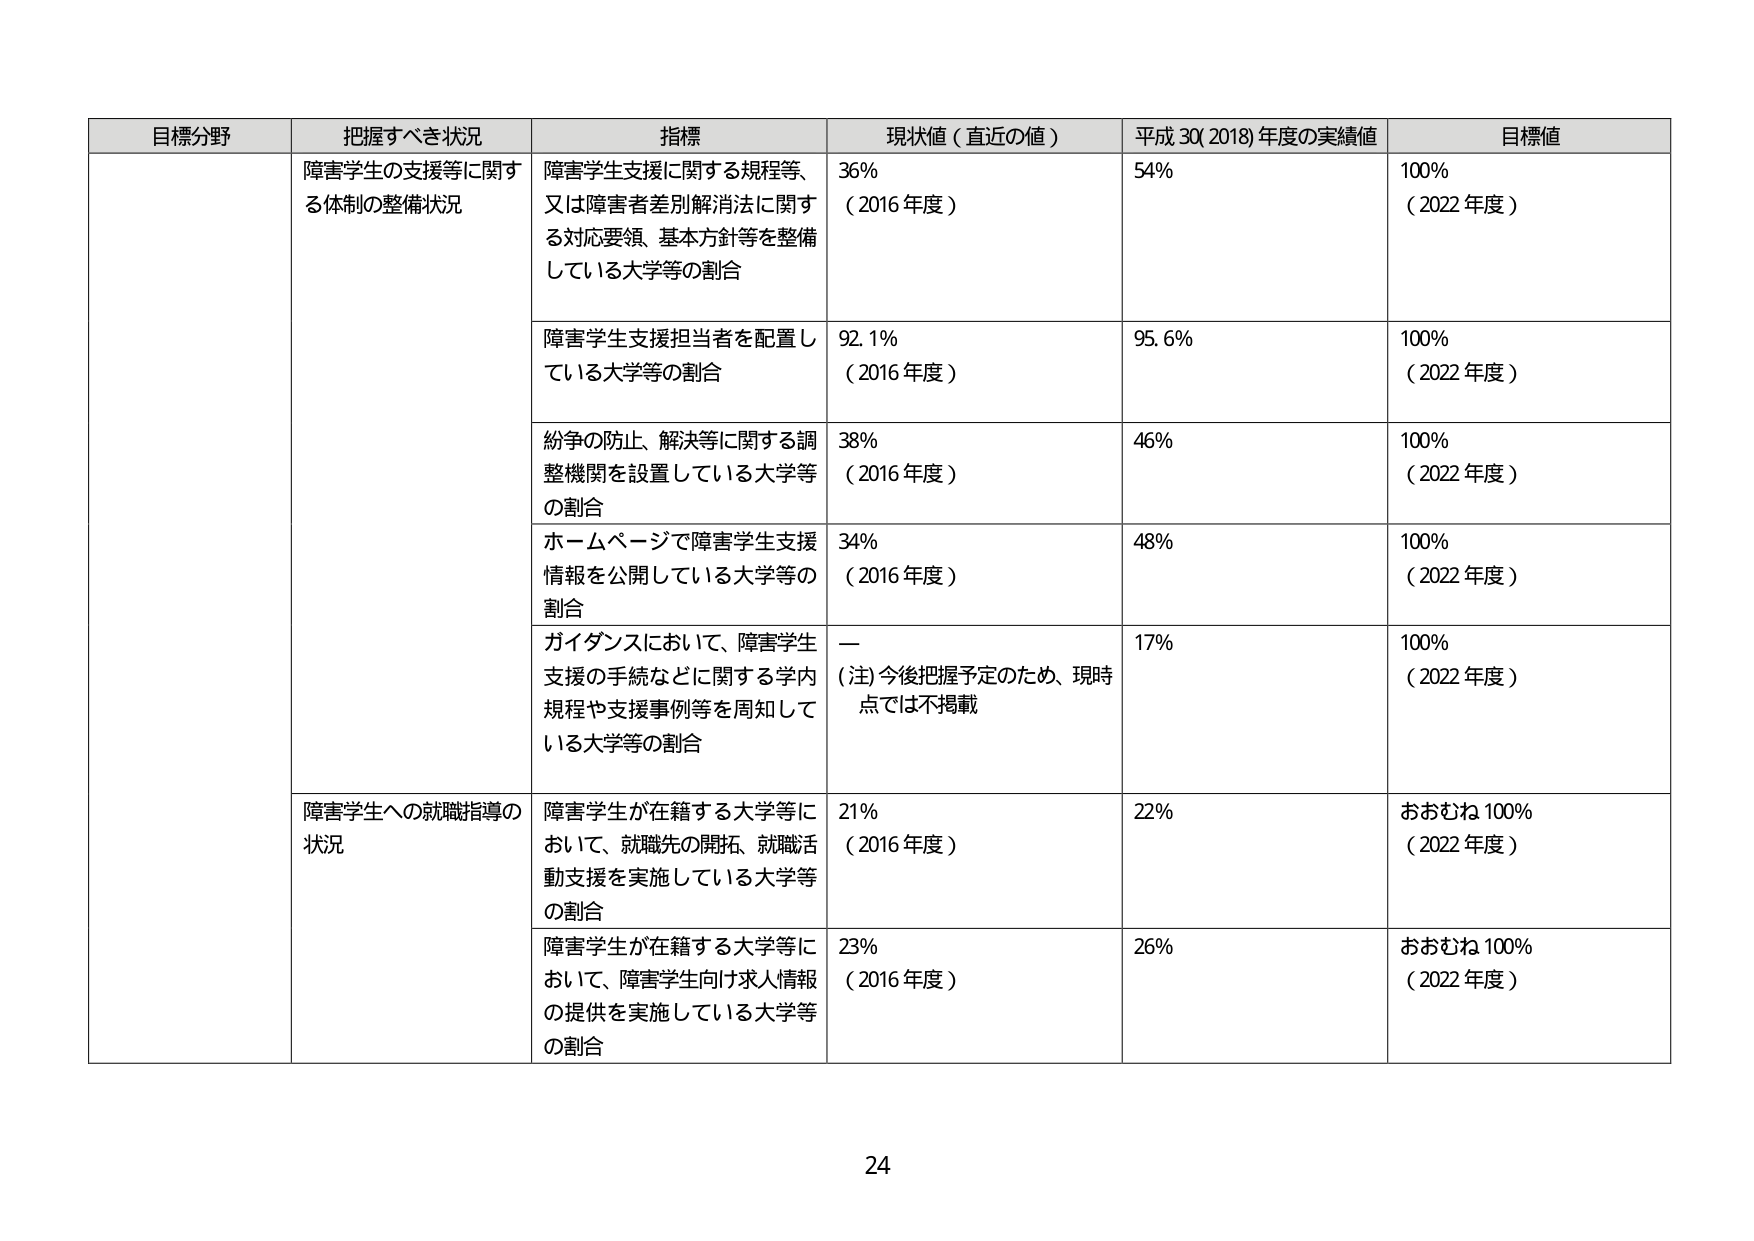
目標分野 把握すべき状況 指標 現状値（直近の値） 平成30(2018)年度の実績値 目標値
障害学生の支援等に関する体制の整備状況 障害学生支援に関する規程等、又は障害者差別解消法に関する対応要領、基本方針等を整備している大学等の割合 36% （2016年度） 54% 100% （2022年度）
障害学生支援担当者を配置している大学等の割合 92.1% （2016年度） 95.6% 100% （2022年度）
紛争の防止、解決等に関する調整機関を設置している大学等の割合 38% （2016年度） 46% 100% （2022年度）
ホームページで障害学生支援情報を公開している大学等の割合 34% （2016年度） 48% 100% （2022年度）
ガイダンスにおいて、障害学生支援の手続などに関する学内規程や支援事例等を周知している大学等の割合 ー （注）今後把握予定のため、現時点では不掲載 17% 100% （2022年度）
障害学生への就職指導の状況 障害学生が在籍する大学等において、就職先の開拓、就職活動支援を実施している大学等の割合 21% （2016年度） 22% おおむね100% （2022年度）
障害学生が在籍する大学等において、障害学生向け求人情報の提供を実施している大学等の割合 23% （2016年度） 26% おおむね100% （2022年度）
24